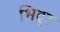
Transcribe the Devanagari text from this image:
भिदुर